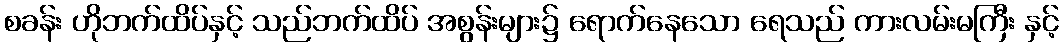
စခန်း ဟိုဘက်ထိပ်နှင့် သည်ဘက်ထိပ် အစွန်းများ၌ ရောက်နေသော ရေသည် ကားလမ်းမကြီး နှင့်